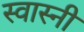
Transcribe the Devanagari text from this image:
स्वास्नी